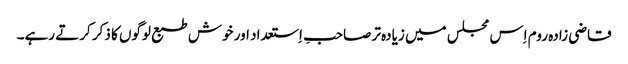
قاضی زادہ روم اِس مجلس میں زیادہ تر صاحبِ اِستعداد اور خوش طبع لوگوں کا ذکر کرتے رہے۔